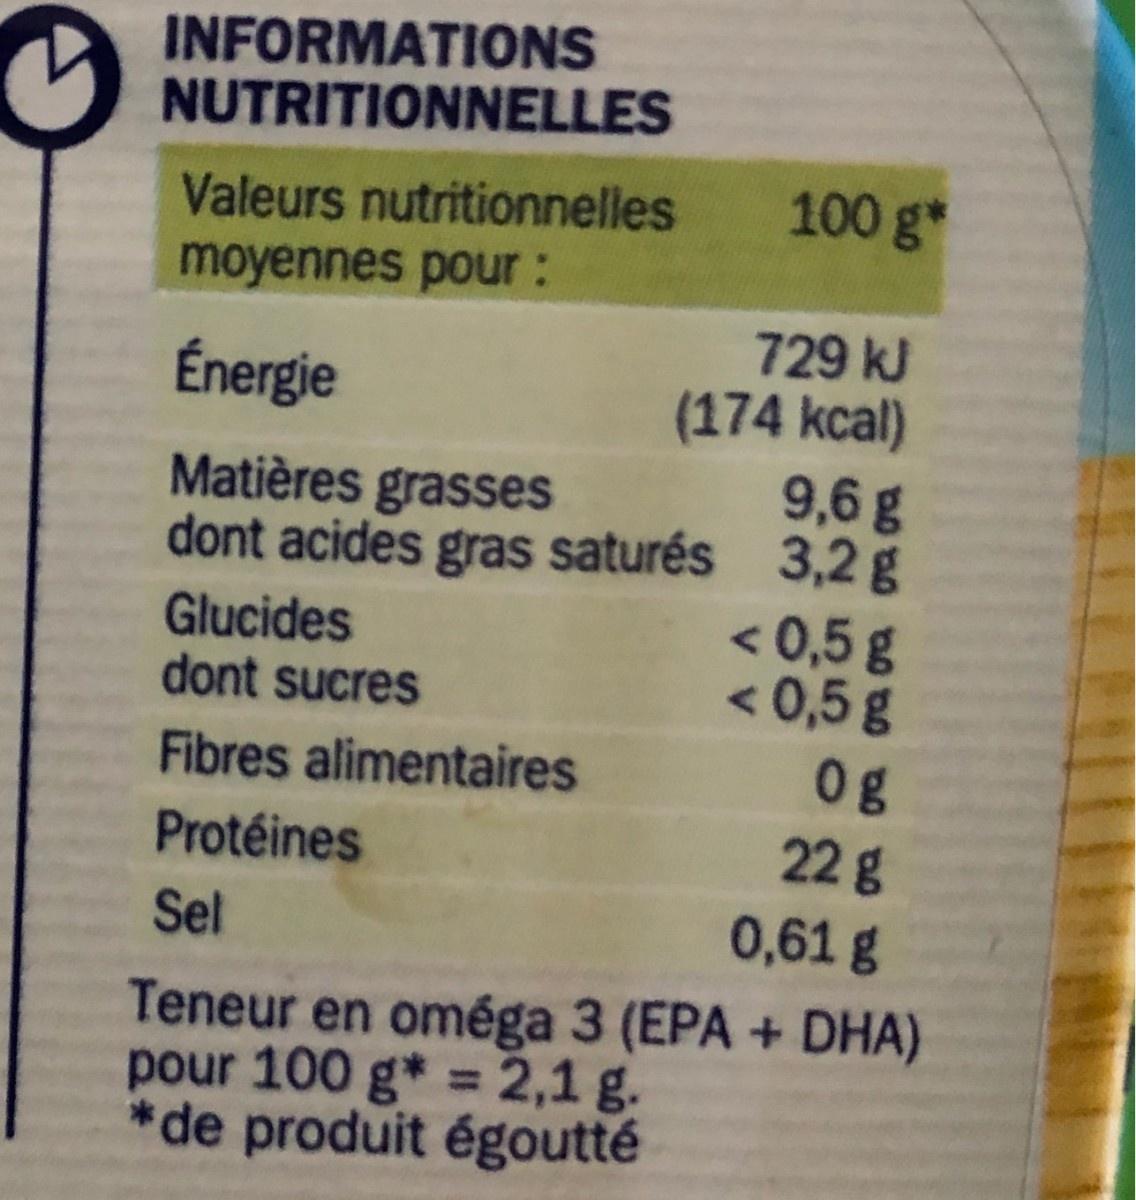
INFORMATIONS NUTRITIONNELLES
Valeurs nutritionnelles
100 g*
moyennes pour :
729 kJ (174 kcal) 9,6 g dont acides gras saturés 3,2 g < 0,5 g < 0,5g 0g 22g
Énergie
Matières grasses
Glucides dont sucres
Fibres alimentaires
Protéines
Sel
0,61g
Teneur en oméga 3 (EPA + DHA) pour 100 g* =2,1 g. de produit égoutté
%3D